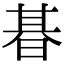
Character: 㫷